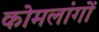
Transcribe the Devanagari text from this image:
कोमलांगों